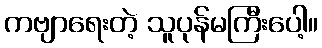
ကဗျာရေးတဲ့ သူပုန်မကြီးပေါ့။